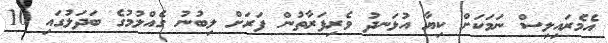
އެމެރައިލިސް ނަމަކަށް ކިޔާ އުޅަނދު ވެރިފަރާތުން ފަރަށް ލިބުނު ގެއްލުމުގެ ބަދަލުގައި 10